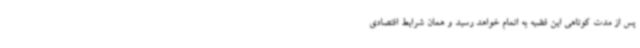
پس از مدت کوتاهی این قضیه به اتمام خواهد رسید و همان شرایط اقتصادی